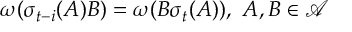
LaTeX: \omega ( \sigma _ { t - i } ( A ) B ) = \omega ( B \sigma _ { t } ( A ) ) , \, \, A , B \in \mathcal { A }